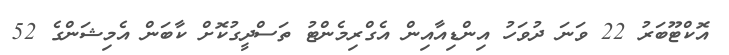
އޮކްޓޫބަރު 22 ވަނަ ދުވަހު އިންޑިއާއިން އެގްރިމެންޓު ތަސްދީގުކޮށް ކާބަން އެމިޝަންގެ 52